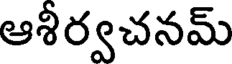
ఆశీర్వచనమ్